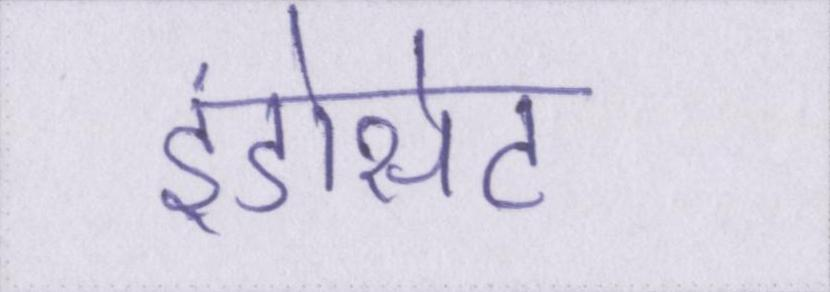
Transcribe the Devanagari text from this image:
इंडोसेट